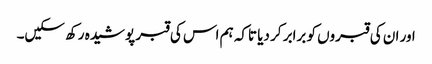
اور ان کی قبروں کو برابر کر دیا تاکہ ہم اس کی قبر پوشیدہ رکھ سکیں۔